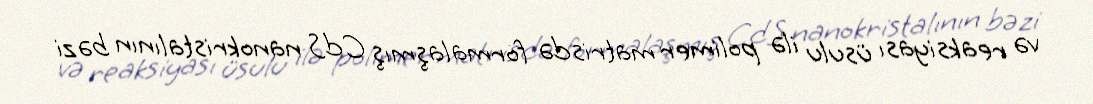
və reaksiyası üsulu ilə polimer matrisdə formalaşmış CdS nanokristalının bəzi